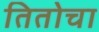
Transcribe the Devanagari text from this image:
तितोचा